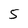
Character: 5